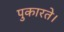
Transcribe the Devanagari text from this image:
पुकारते।